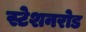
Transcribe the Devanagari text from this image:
स्टेशनरोड